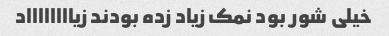
خیلی شور بود نمک زیاد زده بودند زیااااااااد